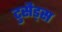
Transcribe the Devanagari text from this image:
टुसैड्स